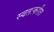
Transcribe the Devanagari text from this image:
स्वतःकरीत